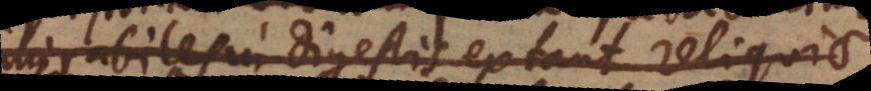
admirabiles in Digestis extant reliquiae,